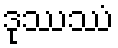
ဒုဿဿံ